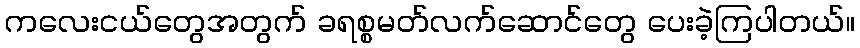
ကလေးငယ်တွေအတွက် ခရစ္စမတ်လက်ဆောင်တွေ ပေးခဲ့ကြပါတယ်။